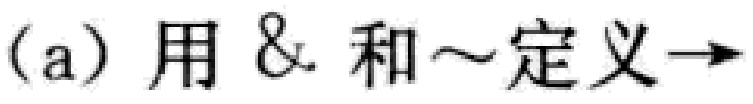
(a) 用 \& 和 \sim 定义 \to